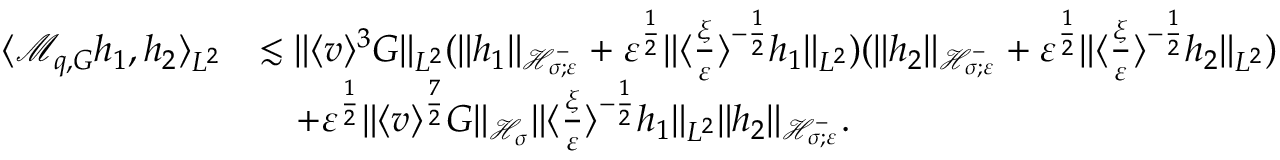
\begin{array} { r l } { \langle \mathcal M _ { q , G } h _ { 1 } , h _ { 2 } \rangle _ { L ^ { 2 } } } & { \lesssim \| \langle v \rangle ^ { 3 } G \| _ { L ^ { 2 } } ( \| h _ { 1 } \| _ { \mathcal H _ { \sigma ; \varepsilon } ^ { - } } + \varepsilon ^ { \frac { 1 } { 2 } } \| \langle \frac { \xi } { \varepsilon } \rangle ^ { - \frac { 1 } { 2 } } h _ { 1 } \| _ { L ^ { 2 } } ) ( \| h _ { 2 } \| _ { \mathcal H _ { \sigma ; \varepsilon } ^ { - } } + \varepsilon ^ { \frac { 1 } { 2 } } \| \langle \frac { \xi } { \varepsilon } \rangle ^ { - \frac { 1 } { 2 } } h _ { 2 } \| _ { L ^ { 2 } } ) } \\ & { \quad + \varepsilon ^ { \frac { 1 } { 2 } } \| \langle v \rangle ^ { \frac { 7 } { 2 } } G \| _ { \mathcal H _ { \sigma } } \| \langle \frac { \xi } { \varepsilon } \rangle ^ { - \frac { 1 } { 2 } } h _ { 1 } \| _ { L ^ { 2 } } \| h _ { 2 } \| _ { \mathcal H _ { \sigma ; \varepsilon } ^ { - } } . } \end{array}